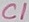
Text: C1